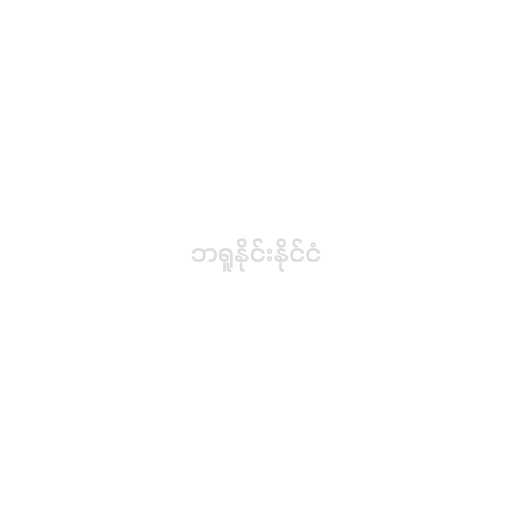
ဘရူနိုင်းနိုင်ငံ